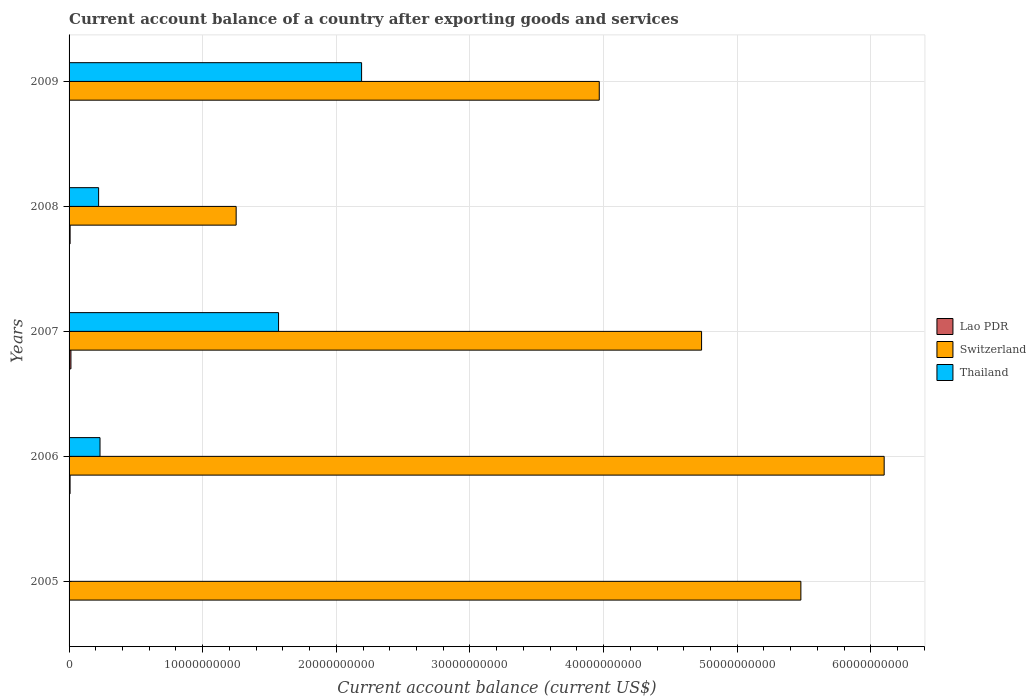
| Years | Lao PDR | Switzerland | Thailand |
 | --- | --- | --- | --- |
 | 2005 | -1.74e+08 | 5.48e+10 | -7.65e+09 |
 | 2006 | 7.53e+07 | 6.1e+10 | 2.32e+09 |
 | 2007 | 1.39e+08 | 4.73e+10 | 1.57e+10 |
 | 2008 | 7.75e+07 | 1.25e+10 | 2.21e+09 |
 | 2009 | -6.09e+07 | 3.97e+10 | 2.19e+10 |